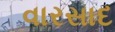
વારસાદ